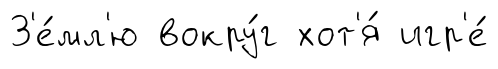
З'е́мл'ю вокру́г хот'я́ игр'е́